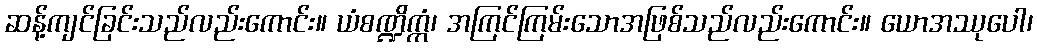
ဆန့်ကျင်ခြင်းသည်လည်းကောင်း။ ယံစဏ္ဍိက္ကံ၊ အကြင်ကြမ်းသောအဖြစ်သည်လည်းကောင်း။ ယောအဿုပေါ၊